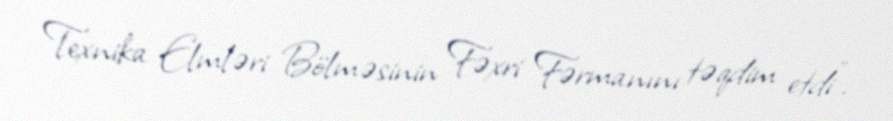
Texnika Elmləri Bölməsinin Fəxri Fərmanını təqdim etdi".